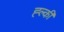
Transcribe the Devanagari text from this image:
ह्ल्की